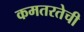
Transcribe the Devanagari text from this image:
कमतरतेची